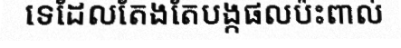
ទេដែលតែងតែបង្កផលប៉ះពាល់